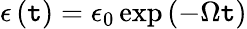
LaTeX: \epsilon\left(\mathtt{t}\right)=\epsilon_{0}\exp\left(-\Omega\mathtt{t}\right)